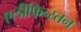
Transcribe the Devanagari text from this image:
एलीफिन्स्तन